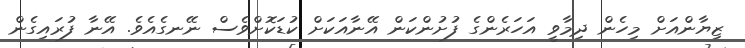
ޒިޔާންއަށް މިހެން ދިމާވީ އަހަރެންގެ ފުށުންކަން އޭނާއަކަށް ކުޑަކޮށްވެސް ނޭނގެއެވެ. އޭނާ ފުރައިގެން